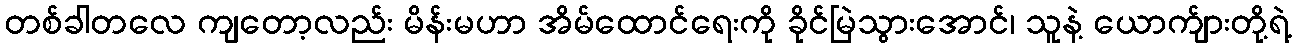
တစ်ခါတလေ ကျတော့လည်း မိန်းမဟာ အိမ်ထောင်ရေးကို ခိုင်မြဲသွားအောင်၊ သူနဲ့ ယောက်ျားတို့ရဲ့